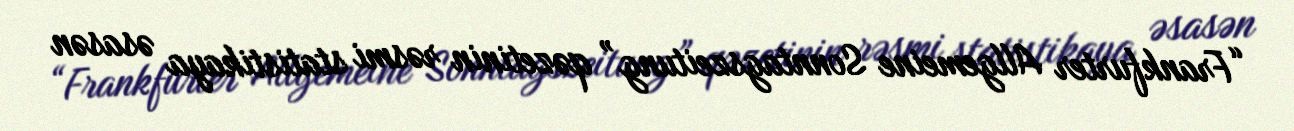
“Frankfurter Allgemeine Sonntagszeitung” qəzetinin rəsmi statistikaya əsasən